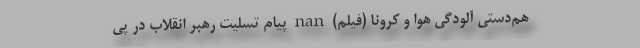
هم‌دستی آلودگی هوا و کرونا (فیلم) nan پیام تسلیت رهبر انقلاب در پی